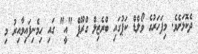
ދެކޮޅަށެވެ. މިފަހަރުގެ ވޯލްޑް ކަޕުގައި ބްރެޒިލް ގްރޫޕް "އީ" ގައި ހިމެނިފައިވާއިރު މި